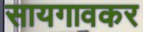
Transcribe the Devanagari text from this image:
सायगावकर